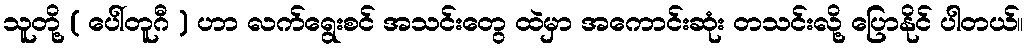
သူတို့ ( ပေါ်တူဂီ ) ဟာ လက်ရွေးစင် အသင်းတွေ ထဲမှာ အကောင်းဆုံး တသင်းလို့ ပြောနိုင် ပါတယ်။